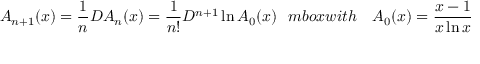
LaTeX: { \cal A } _ { n + 1 } ( x ) = \frac { 1 } { n } { \cal D } { \cal A } _ { n } ( x ) = \frac { 1 } { n ! } { \cal D } ^ { n + 1 } \ln { \cal A } _ { 0 } ( x ) \; \; \, m b o x { w i t h } \ \ \ { \cal A } _ { 0 } ( x ) = \frac { x - 1 } { x \ln x } \,